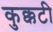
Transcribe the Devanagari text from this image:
कुक्कटी